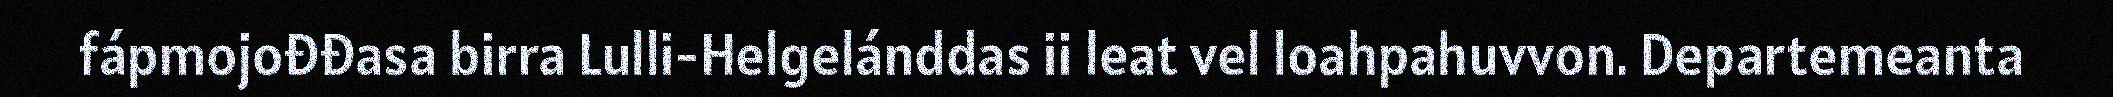
fápmojođđasa birra Lulli-Helgelánddas ii leat vel loahpahuvvon. Departemeanta